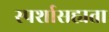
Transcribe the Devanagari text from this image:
स्पर्शासह्यता